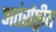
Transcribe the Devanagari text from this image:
अतंर्राष्ट्रीय